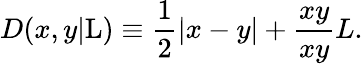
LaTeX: D(x,y|\mathrm{L})\equiv\frac{1}{2}|x-y|+\frac{xy}{xy}{L}.